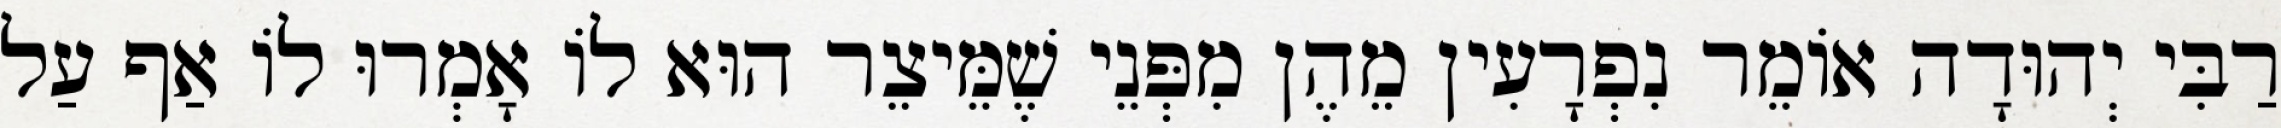
רַבִּי יְהוּדָה אוֹמֵר נִפְרָעִין מֵהֶן מִפְּנֵי שֶׁמֵּיצֵר הוּא לוֹ אָמְרוּ לוֹ אַף עַל